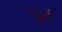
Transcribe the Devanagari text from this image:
पूर्जो